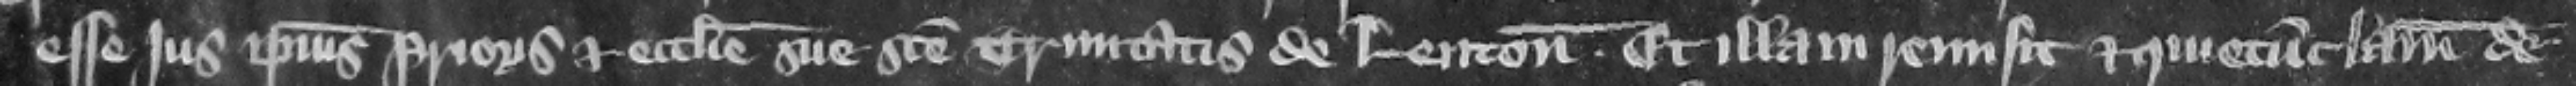
esse jus ipsius prioris et ecclesie sue Sancte Trinitatis de Lenton et illam remisit et quietumclamauit de